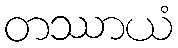
တဿာယံ